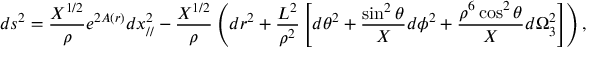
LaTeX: d s ^ { 2 } = \frac { X ^ { 1 / 2 } } { \rho } e ^ { 2 A ( r ) } d x _ { / / } ^ { 2 } - \frac { X ^ { 1 / 2 } } { \rho } \left( d r ^ { 2 } + \frac { L ^ { 2 } } { \rho ^ { 2 } } \left[ d \theta ^ { 2 } + \frac { \sin ^ { 2 } \theta } { X } d \phi ^ { 2 } + \frac { \rho ^ { 6 } \cos ^ { 2 } \theta } { X } d \Omega _ { 3 } ^ { 2 } \right] \right) ,